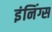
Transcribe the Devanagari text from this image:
इंनिंग्स